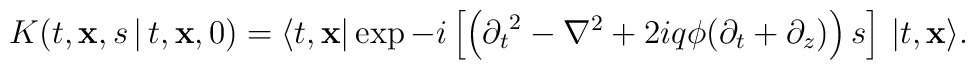
K(t, {\bf x}, s\,\vert\, t,{\bf x}, 0) = \big\langle t, {\bf x} \big\vert \exp -i\left[\left({\partial_{t}}^2 - {\nabla}^2 +2iq\phi (\partial_t + \partial_{z})\right)s\right]\,\big\vert t, {\bf x}\big\rangle.